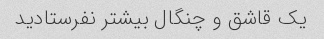
یک قاشق و چنگال بیشتر نفرستادید